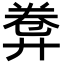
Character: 𢍕